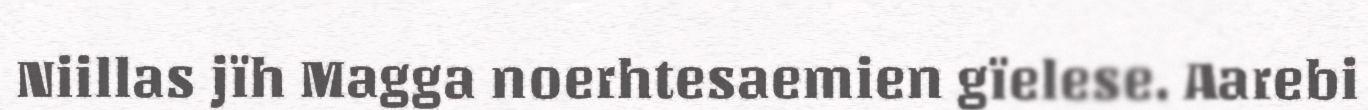
Niillas jïh Magga noerhtesaemien gïelese. Aarebi